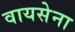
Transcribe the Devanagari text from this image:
वायसेना